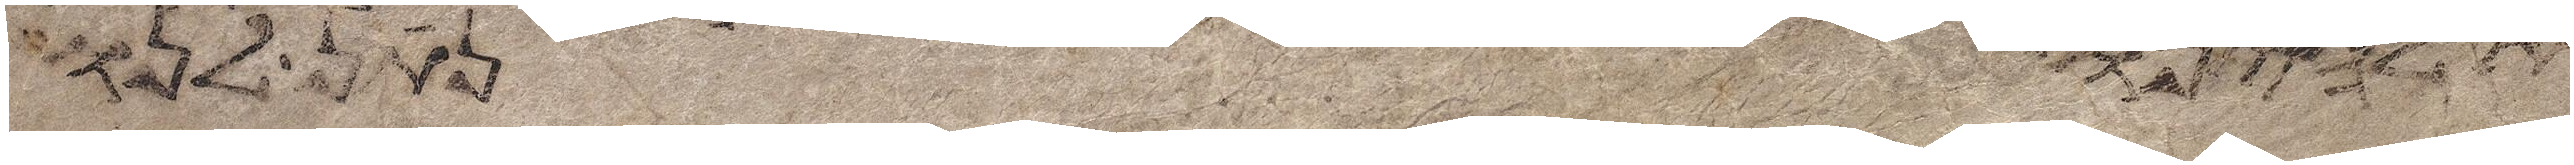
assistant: אלהינו נתן לנו